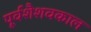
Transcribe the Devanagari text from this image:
पूर्वशैशवकाल